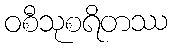
ဝစီသုစရိတဿ